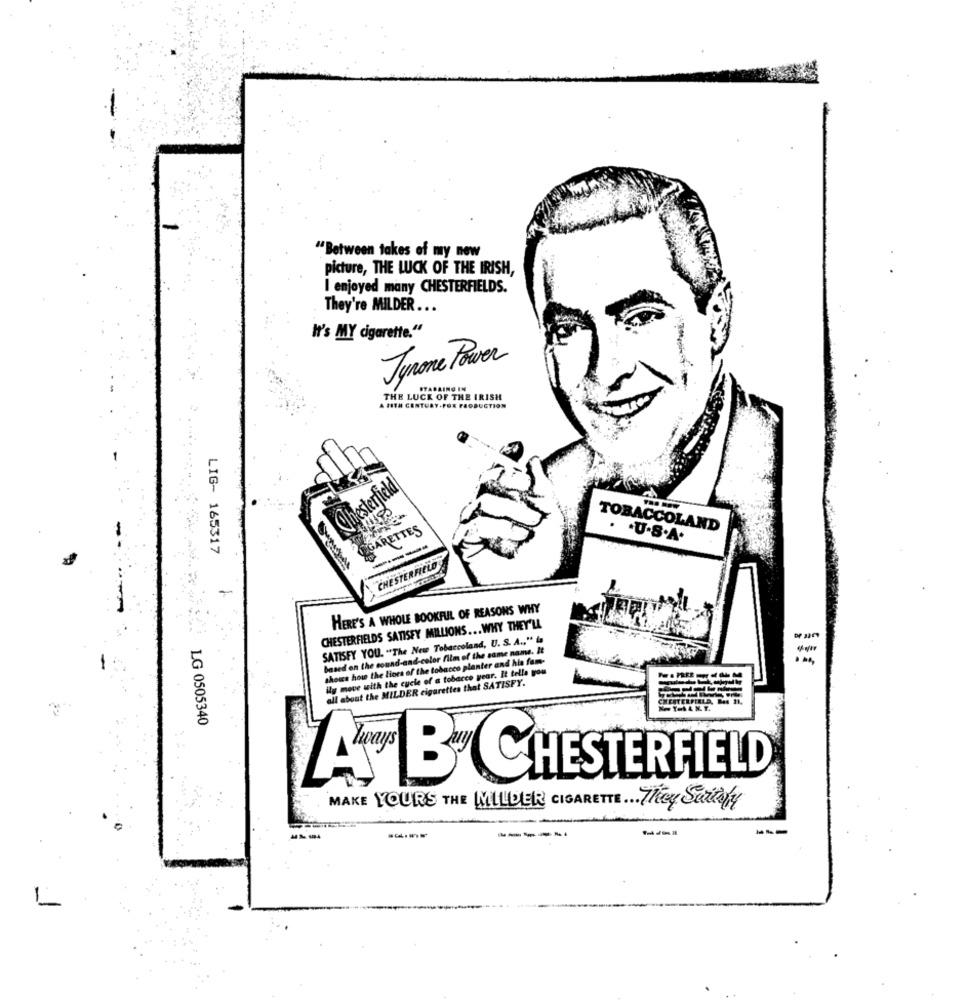
"Between takes of my new
picture, THE LUCK OF THE IRISH,
I enjoyed many CHESTERFIELDS.
They're MILDER ...
It's MY cigarette."
Tyrone Power
STAPAINO IN
THE LUCK OF THE IRISH
A HITH CENTURY FOX PRODUCTION
Chesterfield
TTES
TOBACCOLAND
GARET
. . U.S.A.
LIG- 165317
CHESTERFIELD
-
HERE'S A WHOLE BOOKFUL OF REASONS WHY
CHESTERFIELDS SATISFY MILLIONS ... WHY THEY'LL
SATISFY YOU. "The New Tobaccoland, U. S. A ., " la
based on the cound-and-color film of the same name. It
shows how the liora of the tobacco planter and hla fame-
ily move with the cycle of a tobacco year. It tella you
all about the MILDER cigarettes that SATISFY.
Ne Y=b & N. T.
LG 0505340
LAT" B" CHESTERFIELD
MAKE YOURS THE MILLDER CIGARETTE ... They Scicely
-----